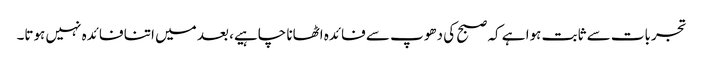
تجربات سے ثابت ہوا ہے کہ صبح کی دھوپ سے فائدہ اٹھانا چاہیے، بعد میں اتنا فائدہ نہیں ہوتا۔